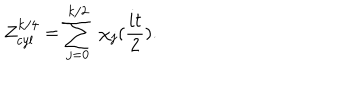
LaTeX: Z _ { c y l } ^ { k / 4 } = \sum _ { j = 0 } ^ { k / 2 } \ \chi _ { j } ( \frac { i t } { 2 } ) .